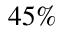
4 5 \%